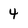
Character: 4